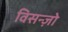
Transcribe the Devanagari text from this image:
विसन्ज़ो